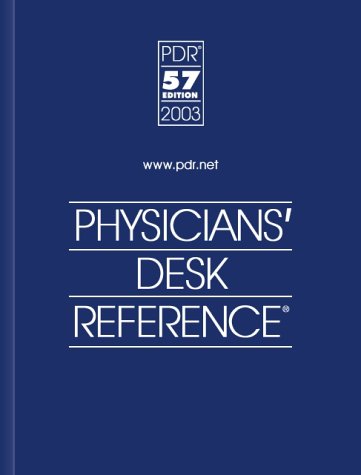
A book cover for Physicians' Desk Reference 2003 (Physicians' Desk Reference (Pdr)); Medical Books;